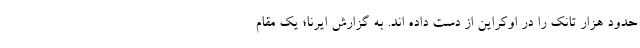
حدود هزار تانک را در اوکراین از دست داده اند. به گزارش ایرنا؛ یک مقام